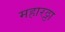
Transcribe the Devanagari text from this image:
महारठ्ठा